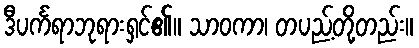
ဒီပင်္ကရာဘုရားရှင်၏။ သာဝကာ၊ တပည့်တို့တည်း။